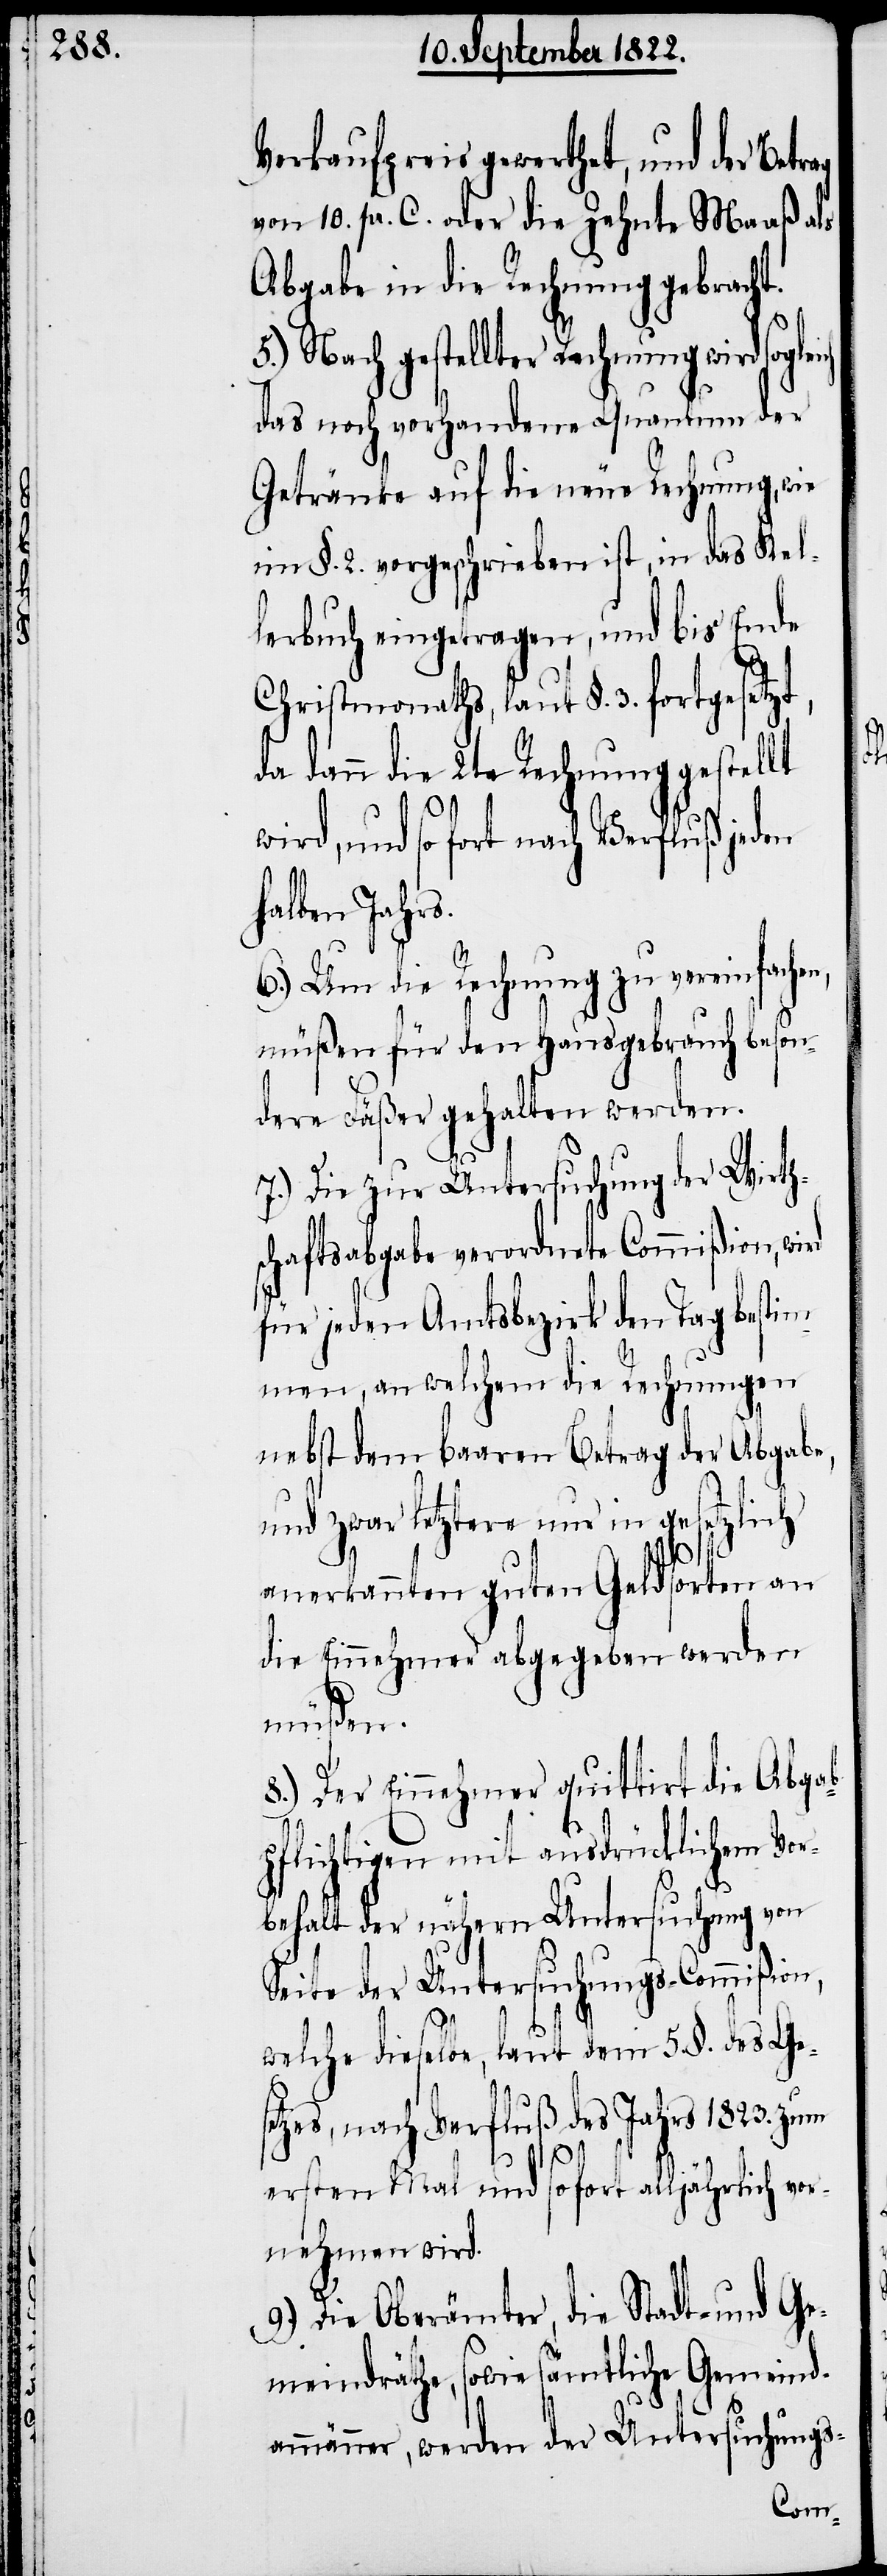
Verkaufspreis gewerthet, und der
von 10. pr. C. oder die Zehnte Maaß als
Abgabe in die Rechnung gebracht.
5.) Nach gestellter Rechnung wird so¬
das noch vorhandene Quantum der
Getränke auf die neue Rechnung, wie
in §. 2. vorgeschrieben ist, in das Kel¬
lerbuch eingetragen, und bis Ende
Christmonaths, laut §. 3. fortgesetzt,
da dann die 2te Rechnung gestellt
und so fort nach Verfluß jeden
halben Jahrs.
6.) Um die Rechnung zu vereinfachen,
müßen für den Hausgebrauch beson¬
dere Fäßer gehalten werden.
7.) Die zur Untersuchung der Wirth¬
schaftsabgabe verordnete Commißion, wird
für jeden Amtsbezirk den Tag bestim¬
men, an welchem die Rechnungen
nebst dem baaren Betrag der Abgabe,
und zwar letztere nur in gesetzlich
anerkannten guten Geldsorten an
die Einnehmer abgegeben werden
müßen.
8.) Der Einnehmer quittirt die Abgab¬
pflichtigen mit ausdrücklichem Vor¬
behalt der nähern Untersuchung von
Seite der Untersuchungs-Commißion,
welche dieselbe, laut dem 5. §. des Ge¬
setzes, nach Verfluß des Jahrs 1823. zum
gleich
ersten Mal und sofort alljährlich vor¬
nehmen wird.
9.) Die Oberämter, die Stadt- und Ge¬
meindräthe, sowie sämtliche Gemeind¬
ammänner, werden die Untersuchungs-